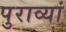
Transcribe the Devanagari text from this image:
पुराव्यां